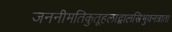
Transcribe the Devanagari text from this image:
जननीमतिकुतूहलाद्बालस्त्रिभुवनत्राता